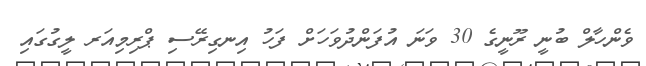
ވެންހާލް ބުނީ ރޫނީގެ 30 ވަނަ އުފަންދުވަހަށް ފަހު އިނގިރޭސި ޕްރިމިއަރ ލީގުގައި